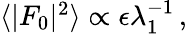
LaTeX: \begin{array}{r}{\langle\vert F_{0}\vert^{2}\rangle\propto\epsilon\lambda_{1}^{-1}\, ,}\end{array}